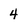
Character: 4